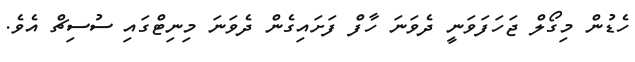
ހެޑުން މިގޯލް ޖަހަފަވަނީ ދެވަނަ ހާފް ފަށައިގެން ދެވަނަ މިނިޓްގައި ސުސިޗް އެވެ.